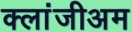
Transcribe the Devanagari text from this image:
क्लांजीअम